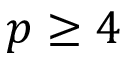
p \ge 4